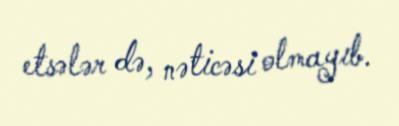
etsələr də, nəticəsi olmayıb.